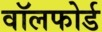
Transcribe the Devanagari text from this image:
वॉलफोर्ड